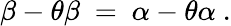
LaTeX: \beta-\theta\beta~=~\alpha-\theta\alpha~.